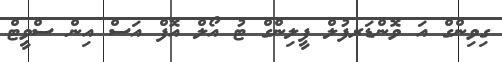
ގިވިންގް އަ ވޮންޑަރފުލް ފީލިންގް ޓު އޯލް އޮފް އަސް އިން ސްވީޓް